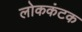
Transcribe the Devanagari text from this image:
लोककंटक